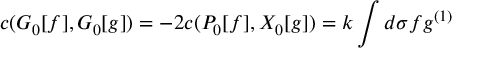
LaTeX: c ( { \cal G } _ { 0 } [ f ] , { \cal G } _ { 0 } [ g ] ) = - 2 c ( { \cal P } _ { 0 } [ f ] , { \cal X } _ { 0 } [ g ] ) = k \int d \sigma f g ^ { ( 1 ) }